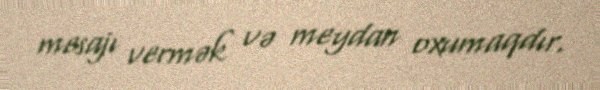
mesajı vermək və meydan oxumaqdır.